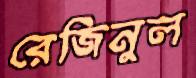
রেজিনুল